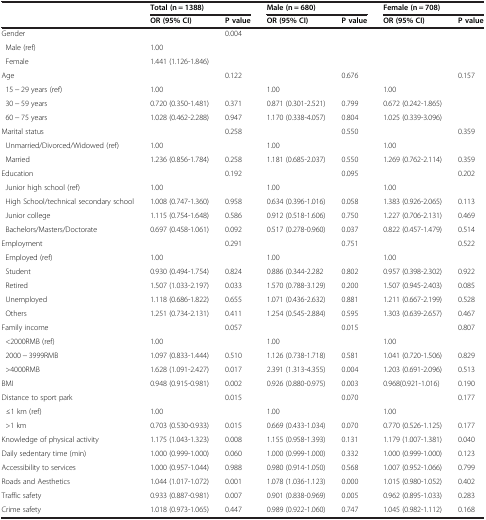
<table><thead><tr><td><b> </b></td><td colspan="2"><b>Total (n = 1388)</b></td><td colspan="2"><b>Male (n = 680)</b></td><td colspan="2"><b>Female (n = 708)</b></td></tr><tr><td><b> </b></td><td><b>OR (95% CI)</b></td><td><b>P value</b></td><td><b>OR (95% CI)</b></td><td><b>P value</b></td><td><b>OR (95% CI)</b></td><td><b>P value</b></td></tr></thead><tbody><tr><td>Gender</td><td> </td><td>0.004</td><td> </td><td> </td><td> </td><td> </td></tr><tr><td> Male (ref)</td><td>1.00</td><td> </td><td> </td><td> </td><td> </td><td> </td></tr><tr><td> Female</td><td>1.441 (1.126-1.846)</td><td> </td><td> </td><td> </td><td> </td><td> </td></tr><tr><td>Age</td><td> </td><td>0.122</td><td> </td><td>0.676</td><td> </td><td>0.157</td></tr><tr><td> 15 - 29 years (ref)</td><td>1.00</td><td> </td><td>1.00</td><td> </td><td>1.00</td><td> </td></tr><tr><td> 30 - 59 years</td><td>0.720 (0.350-1.481)</td><td>0.371</td><td>0.871 (0.301-2.521)</td><td>0.799</td><td>0.672 (0.242-1.865)</td><td> </td></tr><tr><td> 60 - 75 years</td><td>1.028 (0.462-2.288)</td><td>0.947</td><td>1.170 (0.338-4.057)</td><td>0.804</td><td>1.025 (0.339-3.096)</td><td> </td></tr><tr><td>Marital status</td><td> </td><td>0.258</td><td> </td><td>0.550</td><td> </td><td>0.359</td></tr><tr><td> Unmarried/Divorced/Widowed (ref)</td><td>1.00</td><td> </td><td>1.00</td><td> </td><td>1.00</td><td> </td></tr><tr><td> Married</td><td>1.236 (0.856-1.784)</td><td>0.258</td><td>1.181 (0.685-2.037)</td><td>0.550</td><td>1.269 (0.762-2.114)</td><td>0.359</td></tr><tr><td>Education</td><td> </td><td>0.192</td><td> </td><td>0.095</td><td> </td><td>0.202</td></tr><tr><td> Junior high school (ref)</td><td>1.00</td><td> </td><td>1.00</td><td> </td><td>1.00</td><td> </td></tr><tr><td> High School/technical secondary school</td><td>1.008 (0.747-1.360)</td><td>0.958</td><td>0.634 (0.396-1.016)</td><td>0.058</td><td>1.383 (0.926-2.065)</td><td>0.113</td></tr><tr><td> Junior college</td><td>1.115 (0.754-1.648)</td><td>0.586</td><td>0.912 (0.518-1.606)</td><td>0.750</td><td>1.227 (0.706-2.131)</td><td>0.469</td></tr><tr><td> Bachelors/Masters/Doctorate</td><td>0.697 (0.458-1.061)</td><td>0.092</td><td>0.517 (0.278-0.960)</td><td>0.037</td><td>0.822 (0.457-1.479)</td><td>0.514</td></tr><tr><td>Employment</td><td> </td><td>0.291</td><td> </td><td>0.751</td><td> </td><td>0.522</td></tr><tr><td> Employed (ref)</td><td>1.00</td><td> </td><td>1.00</td><td> </td><td>1.00</td><td> </td></tr><tr><td> Student</td><td>0.930 (0.494-1.754)</td><td>0.824</td><td>0.886 (0.344-2.282</td><td>0.802</td><td>0.957 (0.398-2.302)</td><td>0.922</td></tr><tr><td> Retired</td><td>1.507 (1.033-2.197)</td><td>0.033</td><td>1.570 (0.788-3.129)</td><td>0.200</td><td>1.507 (0.945-2.403)</td><td>0.085</td></tr><tr><td> Unemployed</td><td>1.118 (0.686-1.822)</td><td>0.655</td><td>1.071 (0.436-2.632)</td><td>0.881</td><td>1.211 (0.667-2.199)</td><td>0.528</td></tr><tr><td> Others</td><td>1.251 (0.734-2.131)</td><td>0.411</td><td>1.254 (0.545-2.884)</td><td>0.595</td><td>1.303 (0.639-2.657)</td><td>0.467</td></tr><tr><td>Family income</td><td> </td><td>0.057</td><td> </td><td>0.015</td><td> </td><td>0.807</td></tr><tr><td> &lt;2000RMB (ref)</td><td>1.00</td><td> </td><td>1.00</td><td> </td><td>1.00</td><td> </td></tr><tr><td> 2000 - 3999RMB</td><td>1.097 (0.833-1.444)</td><td>0.510</td><td>1.126 (0.738-1.718)</td><td>0.581</td><td>1.041 (0.720-1.506)</td><td>0.829</td></tr><tr><td> &gt;4000RMB</td><td>1.628 (1.091-2.427)</td><td>0.017</td><td>2.391 (1.313-4.355)</td><td>0.004</td><td>1.203 (0.691-2.096)</td><td>0.513</td></tr><tr><td>BMI</td><td>0.948 (0.915-0.981)</td><td>0.002</td><td>0.926 (0.880-0.975)</td><td>0.003</td><td>0.968(0.921-1.016)</td><td>0.190</td></tr><tr><td>Distance to sport park</td><td> </td><td>0.015</td><td> </td><td>0.070</td><td> </td><td>0.177</td></tr><tr><td> ≤1 km (ref)</td><td>1.00</td><td> </td><td>1.00</td><td> </td><td>1.00</td><td> </td></tr><tr><td> &gt;1 km</td><td>0.703 (0.530-0.933)</td><td>0.015</td><td>0.669 (0.433-1.034)</td><td>0.070</td><td>0.770 (0.526-1.125)</td><td>0.177</td></tr><tr><td>Knowledge of physical activity</td><td>1.175 (1.043-1.323)</td><td>0.008</td><td>1.155 (0.958-1.393)</td><td>0.131</td><td>1.179 (1.007-1.381)</td><td>0.040</td></tr><tr><td>Daily sedentary time (min)</td><td>1.000 (0.999-1.000)</td><td>0.060</td><td>1.000 (0.999-1.000)</td><td>0.332</td><td>1.000 (0.999-1.000)</td><td>0.123</td></tr><tr><td>Accessibility to services</td><td>1.000 (0.957-1.044)</td><td>0.988</td><td>0.980 (0.914-1.050)</td><td>0.568</td><td>1.007 (0.952-1.066)</td><td>0.799</td></tr><tr><td>Roads and Aesthetics</td><td>1.044 (1.017-1.072)</td><td>0.001</td><td>1.078 (1.036-1.123)</td><td>0.000</td><td>1.015 (0.980-1.052)</td><td>0.402</td></tr><tr><td>Traffic safety</td><td>0.933 (0.887-0.981)</td><td>0.007</td><td>0.901 (0.838-0.969)</td><td>0.005</td><td>0.962 (0.895-1.033)</td><td>0.283</td></tr><tr><td>Crime safety</td><td>1.018 (0.973-1.065)</td><td>0.447</td><td>0.989 (0.922-1.060)</td><td>0.747</td><td>1.045 (0.982-1.112)</td><td>0.168</td></tr></tbody></table>